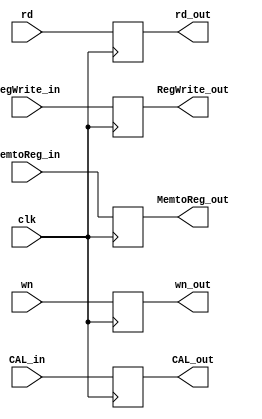
module MEM_WB ( clk, CAL_in, rd, wn, CAL_out, rd_out, wn_out, RegWrite_in, MemtoReg_in, RegWrite_out, MemtoReg_out ) ;

	input 			clk ;	
	input	[4:0]		wn ;
	input	[31:0]		CAL_in,  rd ;
	input			RegWrite_in, MemtoReg_in ;	
	output	reg [4:0]	wn_out ;
	output	reg [31:0]	CAL_out, rd_out ;	
	output	reg		RegWrite_out, MemtoReg_out ;
	
	always @( posedge clk ) begin
	
		CAL_out <= CAL_in ;
		rd_out <= rd ;
	
		wn_out <= wn ;
		
		RegWrite_out <= RegWrite_in ;
		MemtoReg_out <= MemtoReg_in ;
	
	
	end
	
endmodule